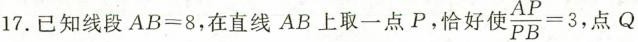
已知线段AB=8，在直线AB上取一点P，恰好使 $$\frac{AP}{PB} =3，点Q